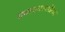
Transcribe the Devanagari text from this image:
प्रवत्स्यत्पतिका